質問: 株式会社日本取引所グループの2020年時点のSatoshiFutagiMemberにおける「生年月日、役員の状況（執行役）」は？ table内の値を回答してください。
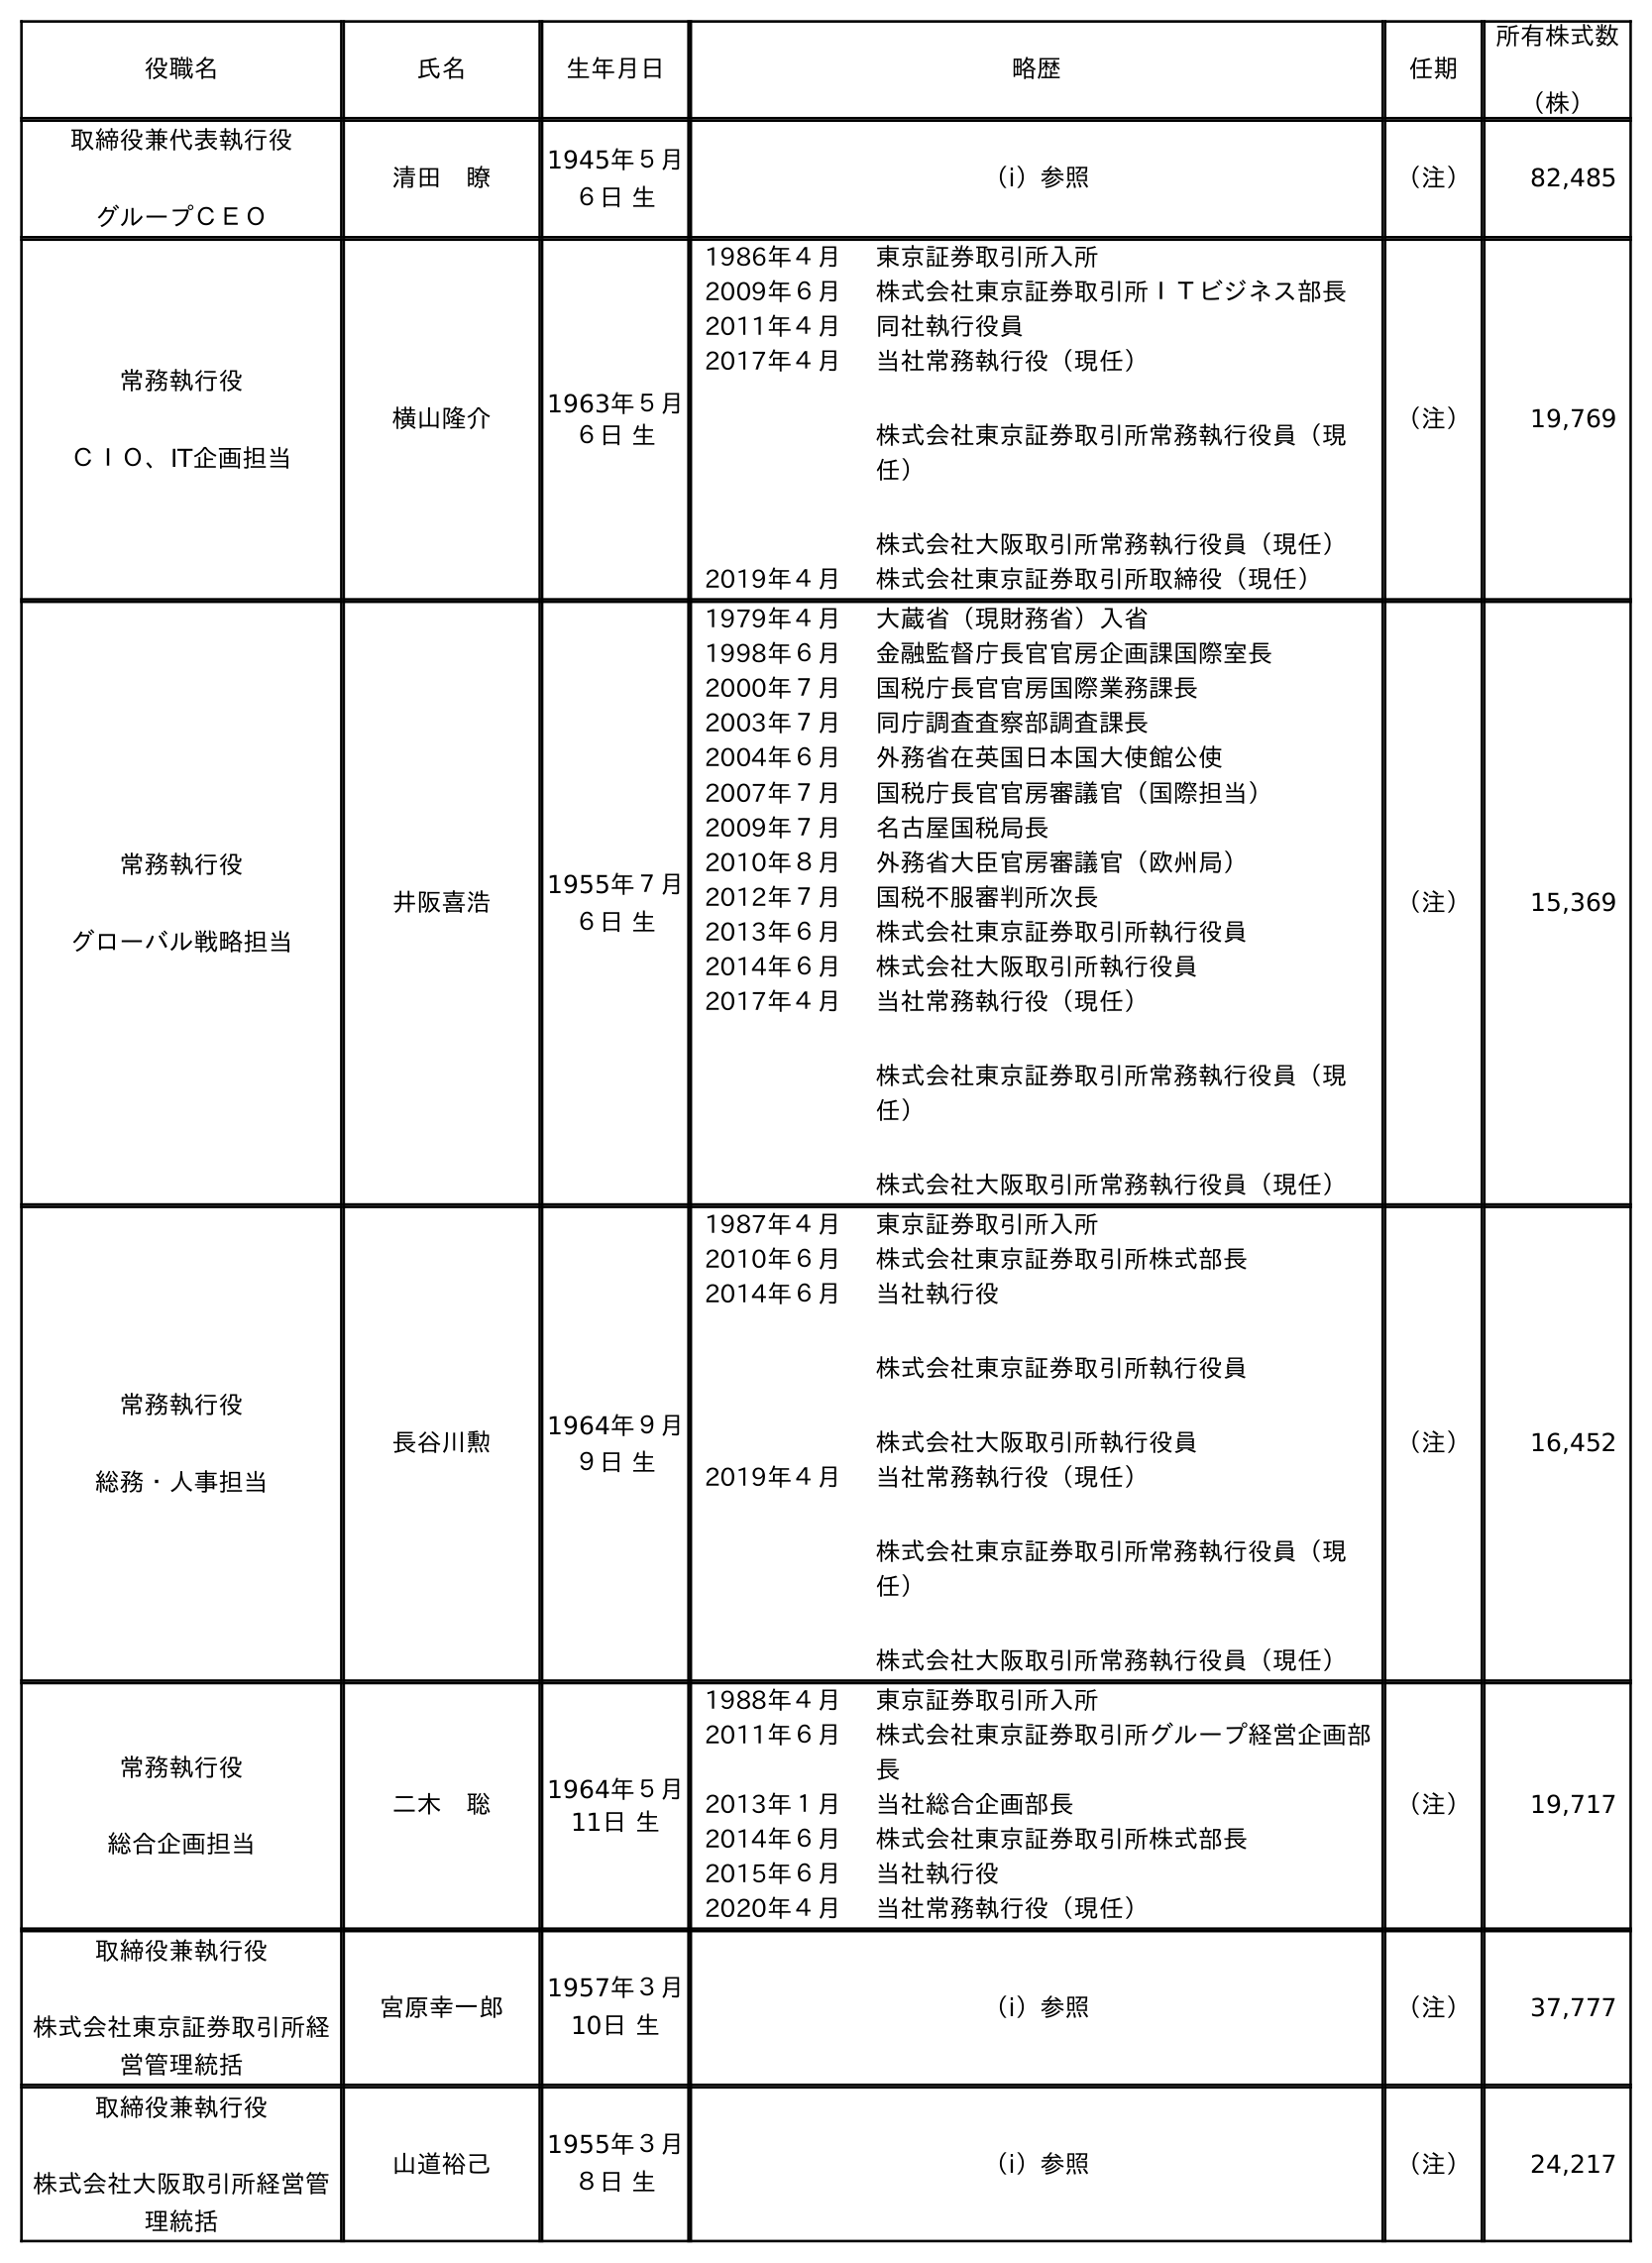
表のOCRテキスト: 役職名 氏名 生年月日 略歴 任期 所有株式数 （株） 取締役兼代表執行役 グループＣＥＯ 清田 瞭 1945年５月 ６日 生 （ⅰ）参照 （注） 82,485 常務執行役 ＣＩＯ、IT企画担当 横山隆介 1963年５月 ６日 生 1986年４月 東京証券取引所入所 2009年６月 株式会社東京証券取引所ＩＴビジネス部長 2011年４月 同社執行役員 2017年４月 当社常務執行役（現任） 株式会社東京証券取引所常務執行役員（現 任） 株式会社大阪取引所常務執行役員（現任） 2019年４月 株式会社東京証券取引所取締役（現任） （注） 19,769 常務執行役 グローバル戦略担当 井阪喜浩 1955年７月 ６日 生 1979年４月 大蔵省（現財務省）入省 1998年６月 金融監督庁長官官房企画課国際室長 2000年７月 国税庁長官官房国際業務課長 2003年７月 同庁調査査察部調査課長 2004年６月 外務省在英国日本国大使館公使 2007年７月 国税庁長官官房審議官（国際担当） 2009年７月 名古屋国税局長 2010年８月 外務省大臣官房審議官（欧州局） 2012年７月 国税不服審判所次長 2013年６月 株式会社東京証券取引所執行役員 2014年６月 株式会社大阪取引所執行役員 2017年４月 当社常務執行役（現任） 株式会社東京証券取引所常務執行役員（現 任） 株式会社大阪取引所常務執行役員（現任） （注） 15,369 常務執行役 総務・人事担当 長谷川勲 1964年９月 ９日 生 1987年４月 東京証券取引所入所 2010年６月 株式会社東京証券取引所株式部長 2014年６月 当社執行役 株式会社東京証券取引所執行役員 株式会社大阪取引所執行役員 2019年４月 当社常務執行役（現任） 株式会社東京証券取引所常務執行役員（現 任） 株式会社大阪取引所常務執行役員（現任） （注） 16,452 常務執行役 総合企画担当 二木 聡 1964年５月 11日 生 1988年４月 東京証券取引所入所 2011年６月 株式会社東京証券取引所グループ経営企画部 長 2013年１月 当社総合企画部長 2014年６月 株式会社東京証券取引所株式部長 2015年６月 当社執行役 2020年４月 当社常務執行役（現任） （注） 19,717 取締役兼執行役 株式会社東京証券取引所経 営管理統括 宮原幸一郎 1957年３月 10日 生 （ⅰ）参照 （注） 37,777 取締役兼執行役 株式会社大阪取引所経営管 理統括 山道裕己 1955年３月 ８日 生 （ⅰ）参照 （注） 24,217
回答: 1964年５月11日生